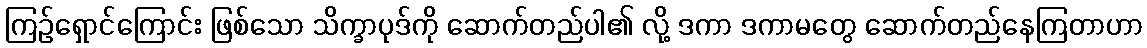
ကြဉ်ရှောင်ကြောင်း ဖြစ်သော သိက္ခာပုဒ်ကို ဆောက်တည်ပါ၏ လို့ ဒကာ ဒကာမတွေ ဆောက်တည်နေကြတာဟာ